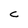
Character: C